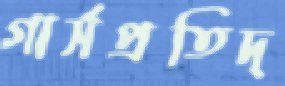
গার্সপ্রতিদ্